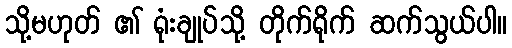
သို့မဟုတ် ၏ ရုံးချုပ်သို့ တိုက်ရိုက် ဆက်သွယ်ပါ။